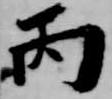
丙